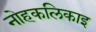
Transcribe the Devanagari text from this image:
नोहकलिकाइ